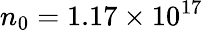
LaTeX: n_{0}=1.17\times 10^{17}